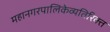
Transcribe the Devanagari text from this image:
महानगरपालिकेव्यतिरिक्त